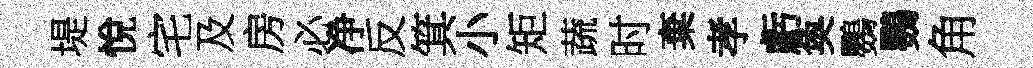
堤悅宅及房必净反箕小矩蔬时棄孝虧奐鸚鸚角